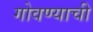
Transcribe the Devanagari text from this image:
गोवण्याची